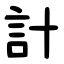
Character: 計